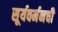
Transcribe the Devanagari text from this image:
सूर्यवर्मनची